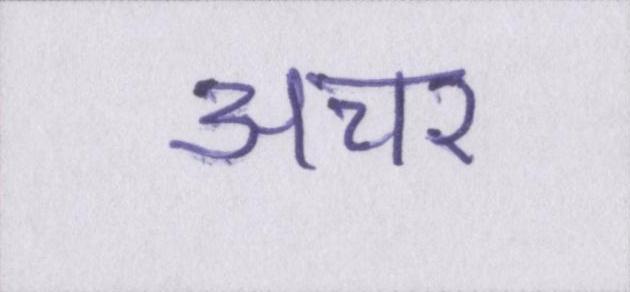
अचर